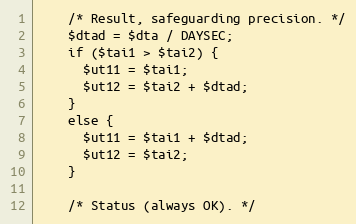
Language: PHP
    /* Result, safeguarding precision. */
    $dtad = $dta / DAYSEC;
    if ($tai1 > $tai2) {
      $ut11 = $tai1;
      $ut12 = $tai2 + $dtad;
    }
    else {
      $ut11 = $tai1 + $dtad;
      $ut12 = $tai2;
    }

    /* Status (always OK). */